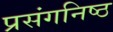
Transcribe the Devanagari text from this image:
प्रसंगनिष्ठ